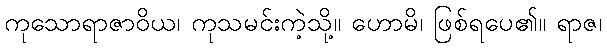
ကုသောရာဇာဝိယ၊ ကုသမင်းကဲ့သို့။ ဟောမိ၊ ဖြစ်ရပေ၏။ ရာဇ၊